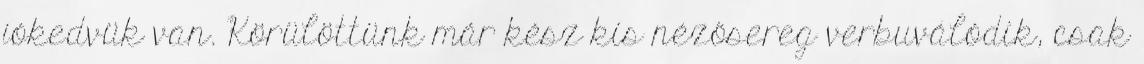
jókedvük van. Körülöttünk már kész kis nézősereg verbuválódik, csak